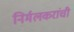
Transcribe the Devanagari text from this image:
निर्मलकरांची